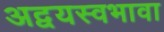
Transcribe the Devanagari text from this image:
अद्वयस्वभावा